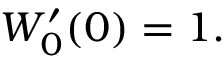
W _ { 0 } ^ { \prime } ( 0 ) = 1 .